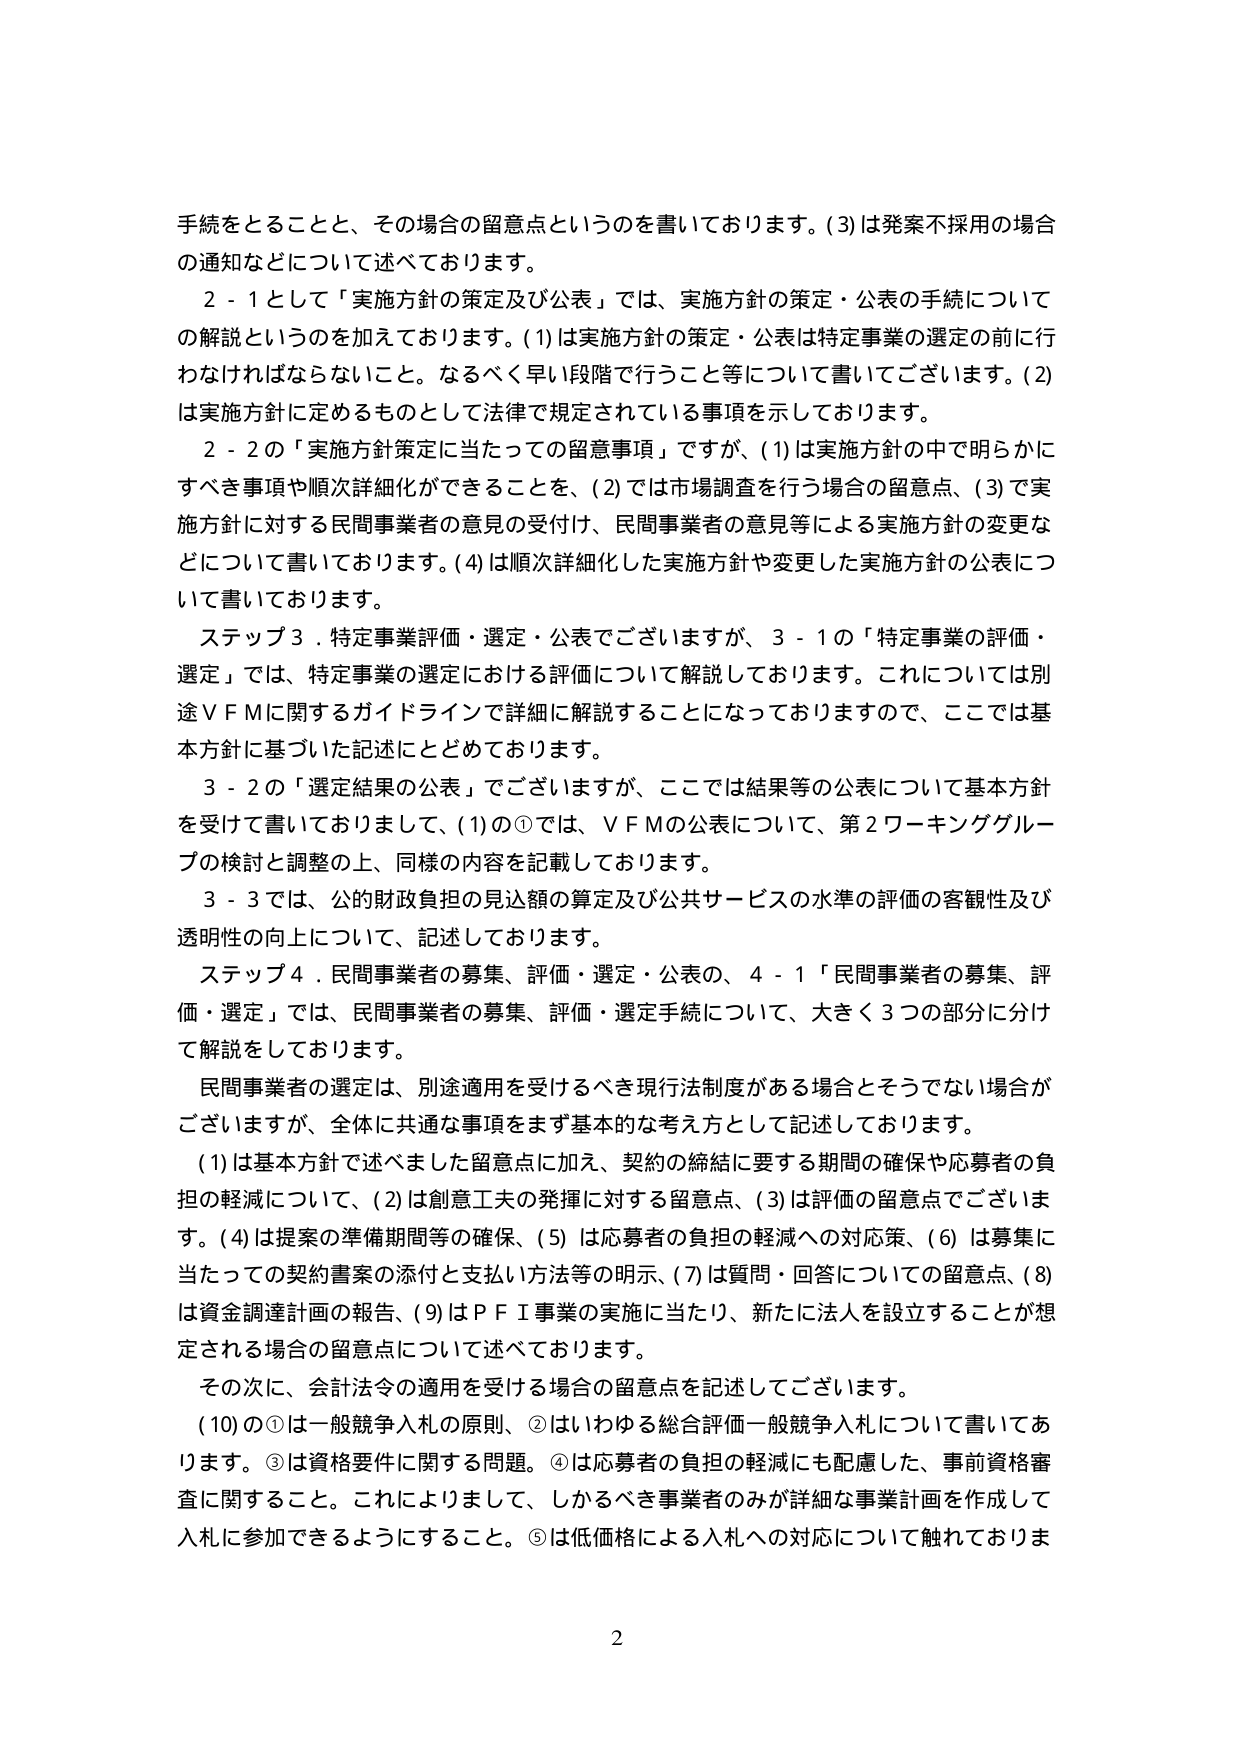
手続をとることと、その場合の留意点というのを書いております。(3)は発案不採用の場合の通知などについて述べております。

２－１として「実施方針の策定及び公表」では、実施方針の策定・公表の手続についての解説というのを加えております。(1)は実施方針の策定・公表は特定事業の選定の前に行わなければならないこと。なるべく早い段階で行うこと等について書いてございます。(2)は実施方針に定めるものとして法律で規定されている事項を示しております。

２－２の「実施方針策定に当たっての留意事項」ですが、(1)は実施方針の中で明らかにすべき事項や順次詳細化ができることを、(2)では市場調査を行う場合の留意点、(3)で実施方針に対する民間事業者の意見の受付け、民間事業者の意見等による実施方針の変更などについて書いております。(4)は順次詳細化した実施方針や変更した実施方針の公表について書いております。

ステップ３．特定事業評価・選定・公表でございますが、３－１の「特定事業の評価・選定」では、特定事業の選定における評価について解説しております。これについては別途ＶＦＭに関するガイドラインで詳細に解説することになっておりますので、ここでは基本方針に基づいた記述にとどめております。

３－２の「選定結果の公表」でございますが、ここでは結果等の公表について基本方針を受けて書いておりまして、(1)の①では、ＶＦＭの公表について、第２ワーキンググループの検討と調整の上、同様の内容を記載しております。

３－３では、公的財政負担の見込額の算定及び公共サービスの水準の評価の客観性及び透明性の向上について、記述しております。

ステップ４．民間事業者の募集、評価・選定・公表の、４－１「民間事業者の募集、評価・選定」では、民間事業者の募集、評価・選定手続について、大きく３つの部分に分けて解説しております。

民間事業者の選定は、別途適用を受けるべき現行法制度がある場合とそうでない場合がございますが、全体に共通な事項をまず基本的な考え方として記述しております。

(1)は基本方針で述べました留意点に加え、契約の締結に要する期間の確保や応募者の負担の軽減について、(2)は創意工夫の発揮に対する留意点、(3)は評価の留意点でございます。(4)は提案の準備期間等の確保、(5)は応募者の負担の軽減への対応策、(6)は募集に当たっての契約書案の添付と支払い方法等の明示、(7)は質問・回答についての留意点、(8)は資金調達計画の報告、(9)はＰＦＩ事業の実施に当たり、新たに法人を設立することが想定される場合の留意点について述べております。

その次に、会計法令の適用を受ける場合の留意点を記述してございます。

(10)の①は一般競争入札の原則、②はいわゆる総合評価一般競争入札について書いてあります。③は資格要件に関する問題。④は応募者の負担の軽減にも配慮した、事前資格審査に関すること。これによりまして、しかるべき事業者のみが詳細な事業計画を作成して入札に参加できるようにすること。⑤は低価格による入札への対応について触れておりま

2